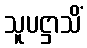
သူပဋ္ဌာသိံ